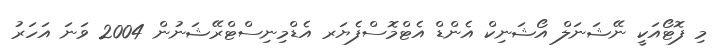
މި ފޮޓޯއަކީ ނޭޝަނަލް އޯޝަނިކް އެންޑް އެޓްމޮސްފެޔަރ އެޑްމިނިސްޓްރޭޝަނުން 2004 ވަނަ އަހަރު